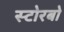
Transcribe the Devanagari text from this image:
स्टोरबो